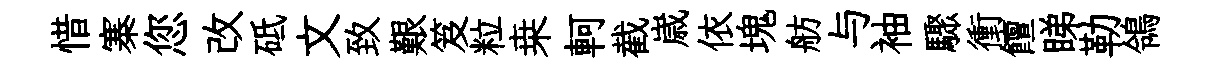
惜寨您改砥文致艱笈粒桒軻截𡻕依塊舫与袖驟衝饘睇勒鴒